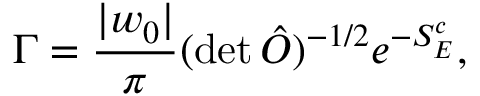
\Gamma = { \frac { | w _ { 0 } | } { \pi } } ( \operatorname * { d e t } \hat { O } ) ^ { - 1 / 2 } e ^ { - S _ { E } ^ { c } } ,